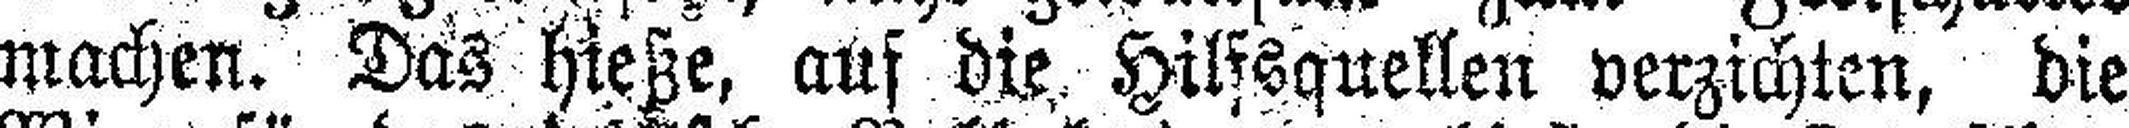
machen. Das hieße, auf die Hilfsquellen verzichten, die